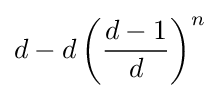
d-d\left({\frac {d-1}{d}}\right)^{n}